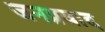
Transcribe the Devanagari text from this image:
जनप्रवाद